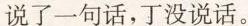
说了一句话，丁没说话。